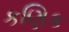
કણિક